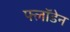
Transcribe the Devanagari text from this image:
फ्लॉडेन